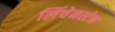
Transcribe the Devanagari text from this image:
लिंचेनस्टेन